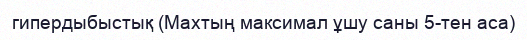
гипердыбыстық (Махтың максимал ұшу саны 5-тен аса)